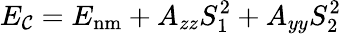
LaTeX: E_{\mathcal{C}}=E_{\mathrm{{nm}}}+A_{zz}S_{1}^{2}+A_{yy}S_{2}^{2}